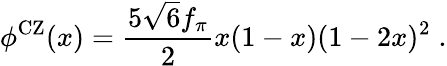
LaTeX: \phi^{\mathrm{CZ}}(x)=\frac{5\sqrt{6}f_{\pi}}{2}x(1-x)(1-2x)^{2}\; .